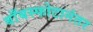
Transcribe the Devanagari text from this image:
बाँबस्फोटानंतर